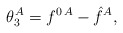
\begin{align*} \theta^A_3 =f^{0\, A}- \hat{f}^A,\end{align*}